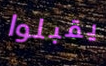
يقبلوا